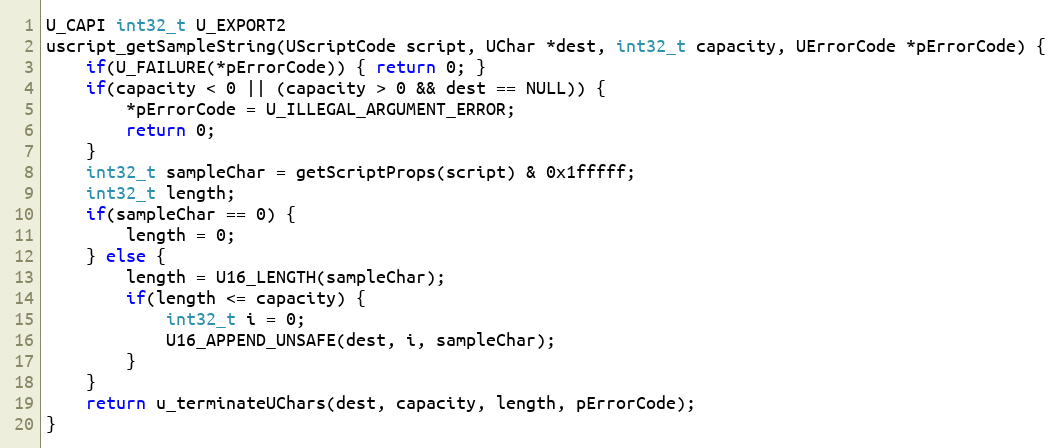
Language: C++
U_CAPI int32_t U_EXPORT2
uscript_getSampleString(UScriptCode script, UChar *dest, int32_t capacity, UErrorCode *pErrorCode) {
    if(U_FAILURE(*pErrorCode)) { return 0; }
    if(capacity < 0 || (capacity > 0 && dest == NULL)) {
        *pErrorCode = U_ILLEGAL_ARGUMENT_ERROR;
        return 0;
    }
    int32_t sampleChar = getScriptProps(script) & 0x1fffff;
    int32_t length;
    if(sampleChar == 0) {
        length = 0;
    } else {
        length = U16_LENGTH(sampleChar);
        if(length <= capacity) {
            int32_t i = 0;
            U16_APPEND_UNSAFE(dest, i, sampleChar);
        }
    }
    return u_terminateUChars(dest, capacity, length, pErrorCode);
}